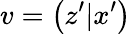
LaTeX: v=\left(z^{\prime}|x^{\prime}\right)